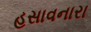
હસાવનારા